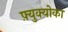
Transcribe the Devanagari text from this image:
फ़्युक्योका